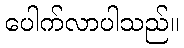
ပေါက်လာပါသည်။